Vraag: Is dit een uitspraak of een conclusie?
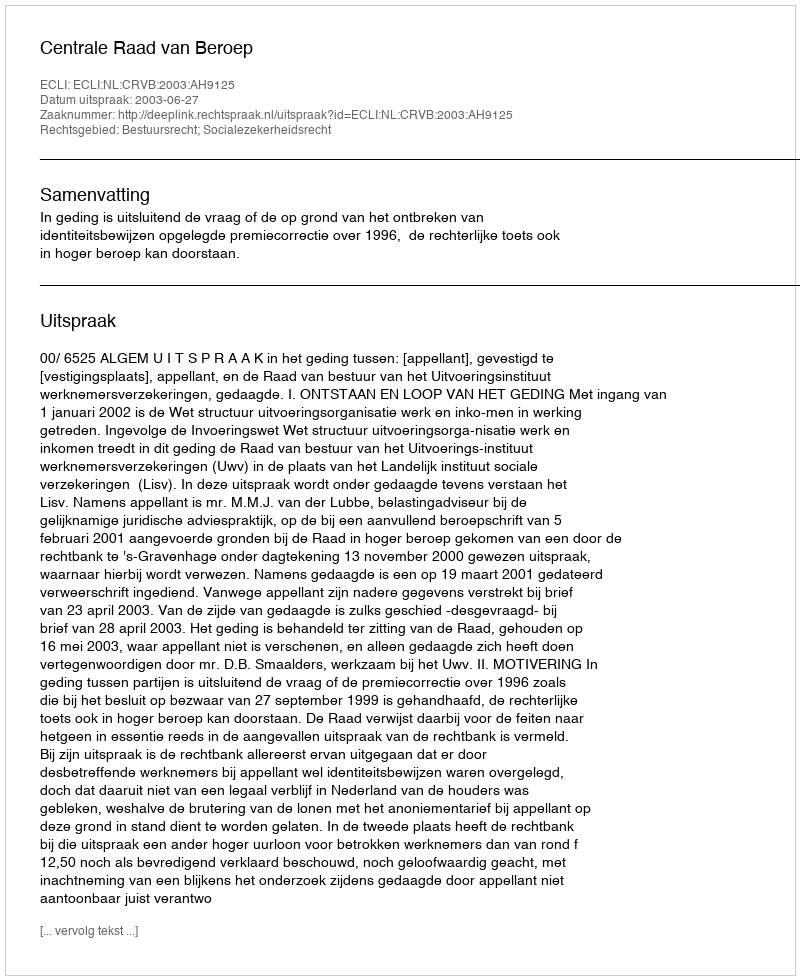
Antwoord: Uitspraak